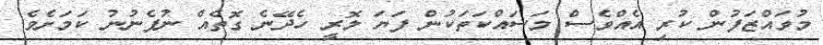
މުވައްޒަފުން ކުރި އެއްވެސް މަސައްކަތަކުން ފަޔަ ލޮރީ ހެދޭނެ ގޮތެއް ނުފެނުނު ކަމަށެވެ.